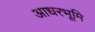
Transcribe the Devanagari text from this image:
आधरभूमि